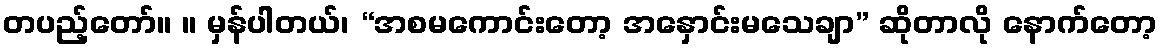
တပည့်တော်။ ။ မှန်ပါတယ်၊ “အစမကောင်းတော့ အနှောင်းမသေချာ” ဆိုတာလို နောက်တော့